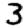
Digit: 3